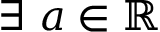
\exists ~ a \in \mathbb { R }